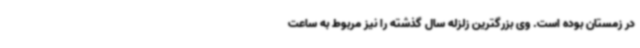
در زمستان بوده است. وی بزرگترین زلزله سال گذشته را نیز مربوط به ساعت